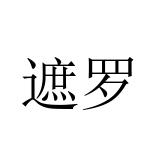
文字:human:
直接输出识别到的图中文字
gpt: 遮罗